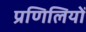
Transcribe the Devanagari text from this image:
प्रणिलियों